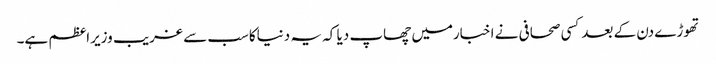
تھوڑے دن کے بعدکسی صحافی نے اخبارمیں چھاپ دیا کہ یہ دنیاکاسب سے غریب وزیراعظم ہے۔